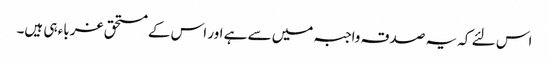
اس لئے کہ یہ صدقہ واجبہ میں سے ہے اور اس کے مستحق غرباء ہی ہیں۔